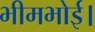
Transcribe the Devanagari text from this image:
भीमभोई।